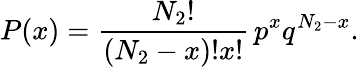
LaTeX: P(x)=\frac{N_{2}!}{(N_{2}-x)!x!}\, p^{x}q^{N_{2}-x}.